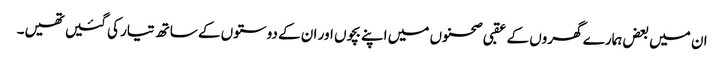
ان میں بعض ہمارے گھروں کے عقبی صحنوں میں اپنے بچوں اور ان کے دوستوں کے ساتھ تیار کی گئیں تھیں۔